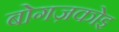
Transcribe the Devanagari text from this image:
बोगज़कोइ